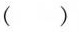
()